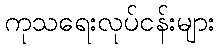
ကုသရေးလုပ်ငန်းများ